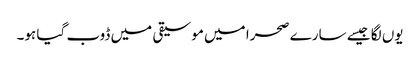
یوں لگا جیسے سارے صحرا میں موسیقی میں ڈوب گیا ہو۔